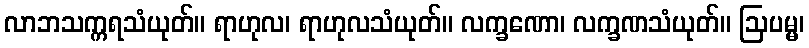
လာဘသက္ကရသံယုတ်။ ရာဟုလ၊ ရာဟုလသံယုတ်။ လက္ခဏော၊ လက္ခဏသံယုတ်။ ဩပမ္မ၊